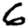
Digit: 6